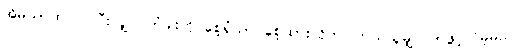
အိမ်သာထဲ ဝင်ပြီးလျှင် တံခါးကို စေ့ရုံသာ စေ့ထားလိုက်၊ ဘယ်သူမျှ လာဖွင့်လိမ့်မည်